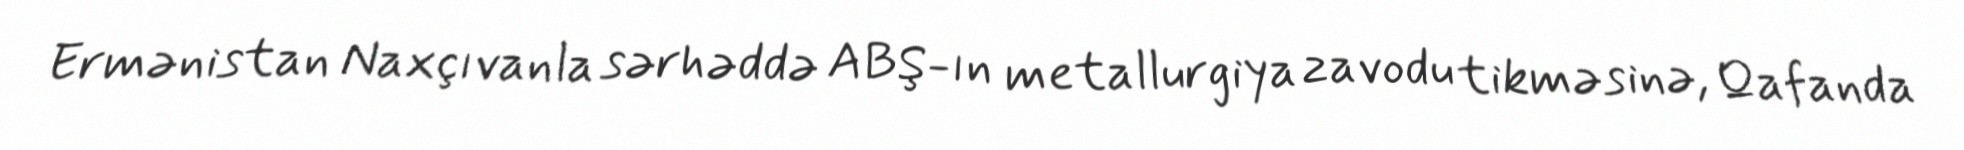
Ermənistan Naxçıvanla sərhəddə ABŞ-ın metallurgiya zavodu tikməsinə, Qafanda